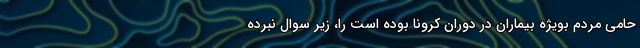
حامی مردم بویژه بیماران در دوران کرونا بوده است را، زیر سوال نبرده